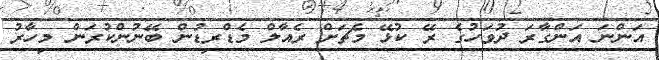
އަންނަ އަންގާރަ ދުވަހުގެ ރޭ ކުޅޭ މެޗަށް ރެއާލް މެޑްރިޑުން ބޭނުންކުރަން މިހާރު